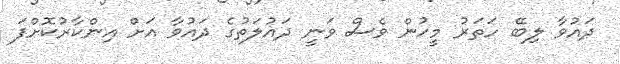
ދައުވާ ލިބޭ ހަތަރު މީހުން ވެސް ވަނީ ދައުލަތުގެ ދައުވާ އަށް އިންކާރުކޮށްފަ